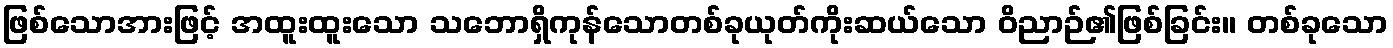
ဖြစ်သောအားဖြင့် အထူးထူးသော သဘောရှိကုန်သောတစ်ခုယုတ်ကိုးဆယ်သော ဝိညာဉ်၏ဖြစ်ခြင်း။ တစ်ခုသော